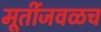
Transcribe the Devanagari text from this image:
मूर्तीजवळच